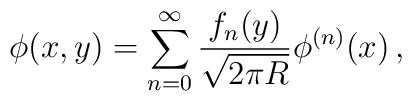
\phi(x,y)=\sum_{n=0}^\infty \frac{f_n(y)}{\sqrt{2\pi R}}\phi^{(n)}(x) \, ,